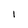
Character: 1